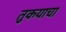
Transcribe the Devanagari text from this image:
तुकयाचा